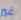
غير